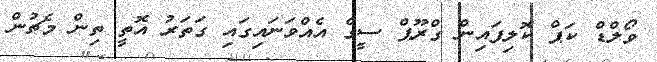
ވޯލްޑް ކަޕް ކޮލިފައިން ގްރޫޕް ސީގެ އެއްވަަނައިގައި ގަތަރު އޮތީ ތިން މެޗުން